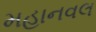
મહાનવલ